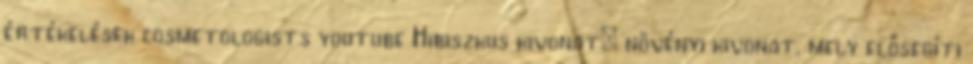
értékelések cosmetologists youtube Hibiszkus kivonat: növényi kivonat, mely elősegíti